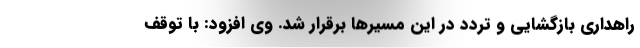
راهداری بازگشایی و تردد در این مسیرها برقرار شد. وی افزود: با توقف